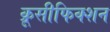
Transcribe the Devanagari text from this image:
क्रूसीफिक्शन